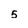
Character: 5